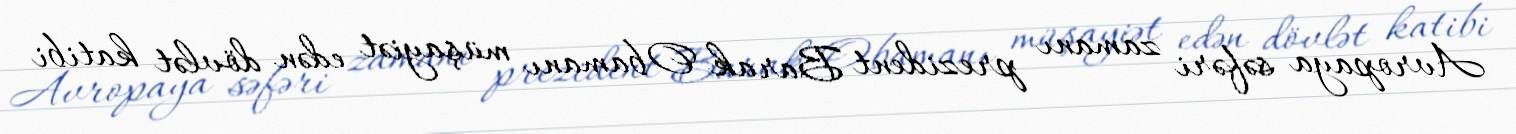
Avropaya səfəri zamanı prezident Barak Obamanı müşayiət edən dövlət katibi